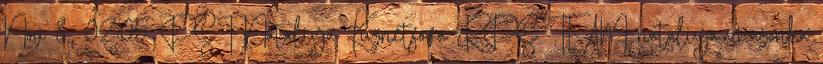
Nov 8., 02:05 PST Nataliya Kuznetsova RPS TEAM nataliya.amazonka